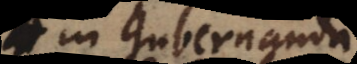
in gubernanda